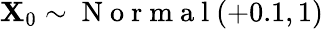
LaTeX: \mathbf{X}_{0}\sim\mathrm{{~N~o~r~m~a~l~}}(+0.1,1)